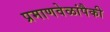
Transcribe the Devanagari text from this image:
प्रमाणवेळांपैकी